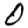
Digit: 0